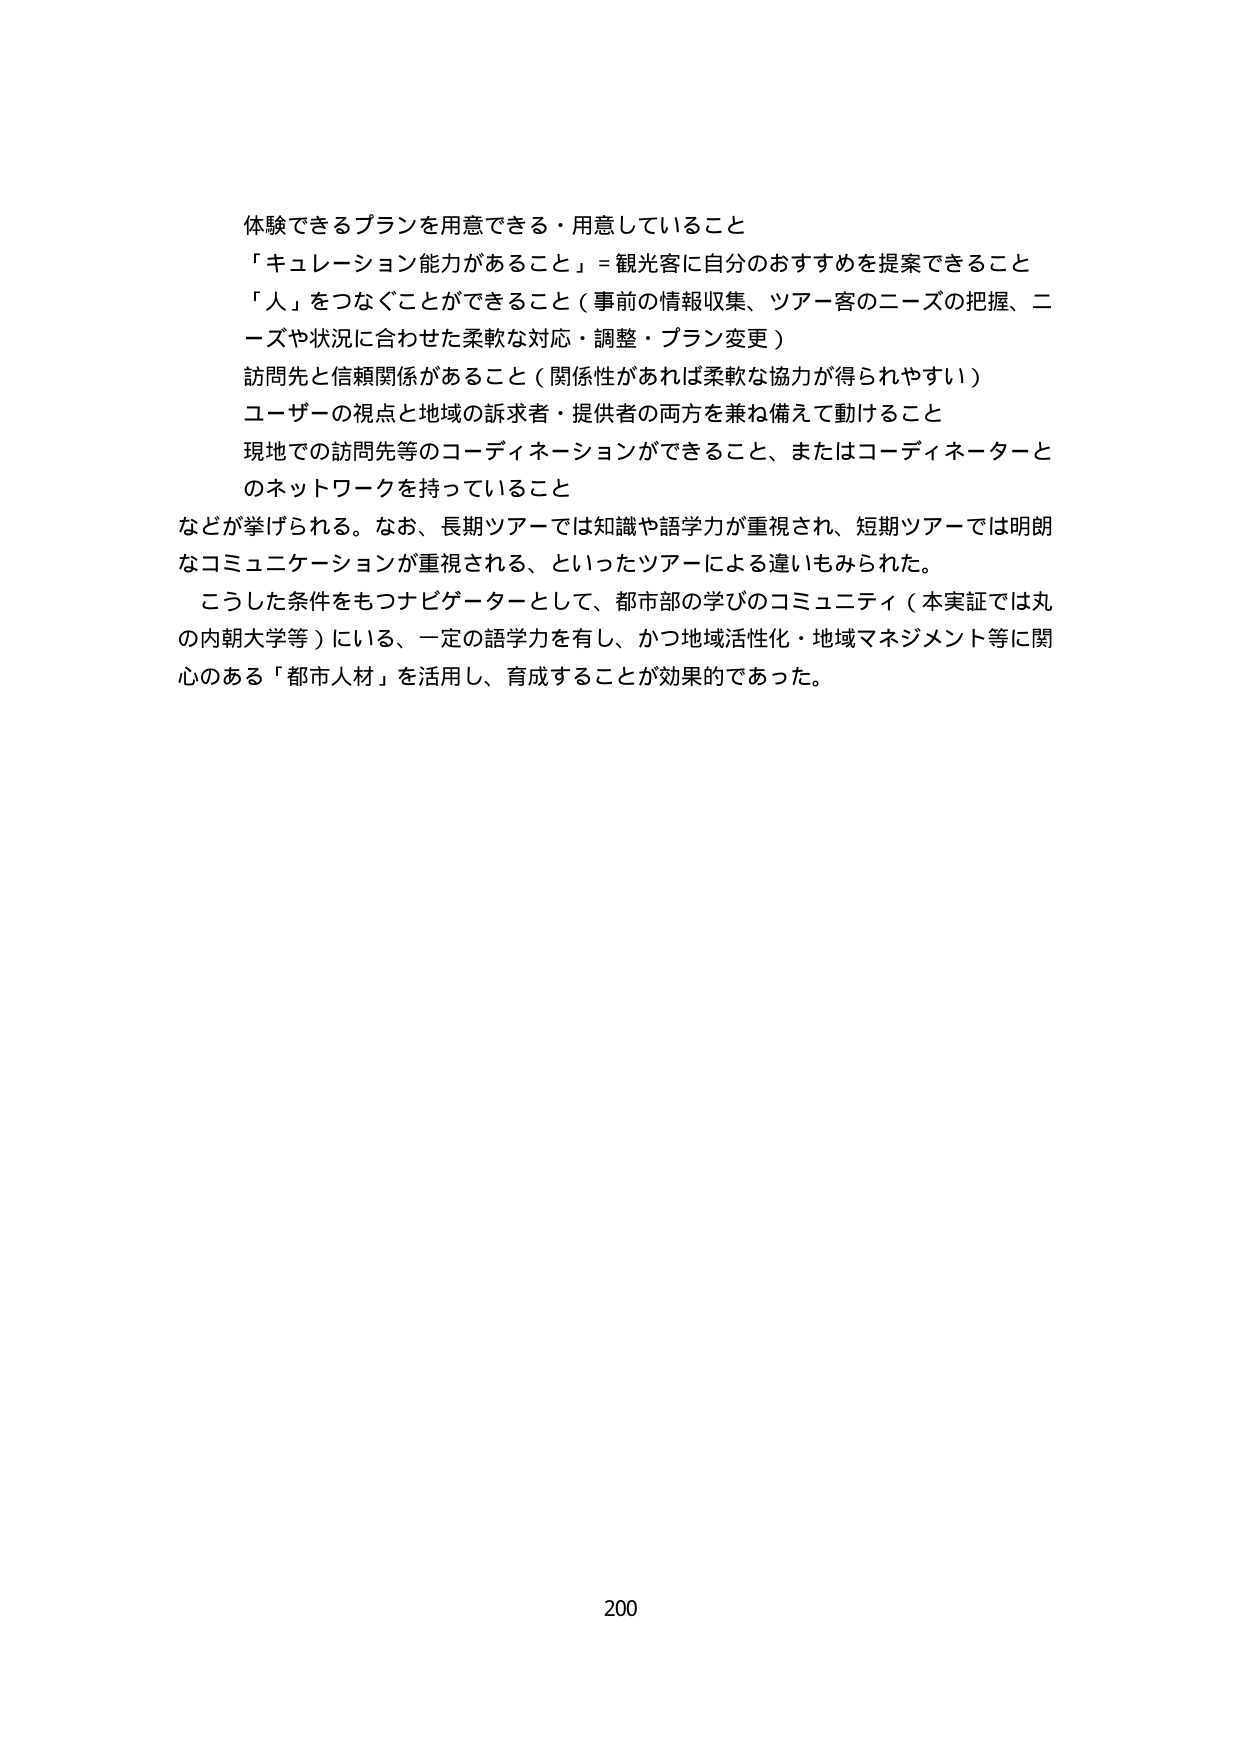
体験できるプランを用意できる・用意していること
「キュレーション能力があること」＝観光客に自分のおすすめを提案できること
「人」をつなぐことができること（事前の情報収集、ツアー客のニーズの把握、ニーズや状況に合わせた柔軟な対応・調整・プラン変更）
訪問先と信頼関係があること（関係性があれば柔軟な協力が得られやすい）
ユーザーの視点と地域の訴求者・提供者の両方を兼ね備えて動けること
現地での訪問先等のコーディネーションができること、またはコーディネーターとのネットワークを持っていること
などが挙げられる。なお、長期ツアーでは知識や語学力が重視され、短期ツアーでは明朗なコミュニケーションが重視される、といったツアーによる違いもみられた。
こうした条件をもつナビゲーターとして、都市部の学びのコミュニティ（本実証では丸の内朝大学等）にいる、一定の語学力を有し、かつ地域活性化・地域マネジメント等に関心のある「都市人材」を活用し、育成することが効果的であった。
200